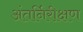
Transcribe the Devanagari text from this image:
अंतर्निरीक्षण